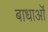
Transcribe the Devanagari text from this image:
बाधाऒं